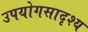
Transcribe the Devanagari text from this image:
उपयोगसादृश्य